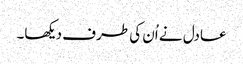
عادل نے اُن کی طرف دیکھا۔